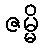
ဇမ္မိ